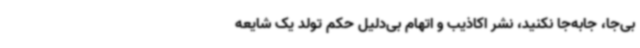
بی‌جا، جابه‌جا نکنید، نشر اکاذیب و اتهام بی‌دلیل حکم تولد یک شایعه